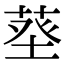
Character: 𦱬